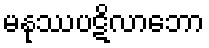
မနုဿပဋိလာဘော